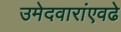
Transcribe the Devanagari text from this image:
उमेदवारांएवढे